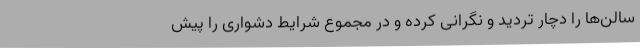
سالن‌ها را دچار تردید و نگرانی کرده و در مجموع شرایط دشواری را پیش